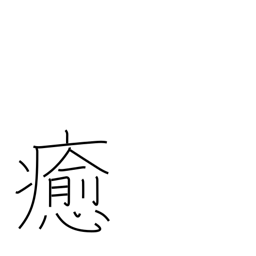
Meaning: wreak